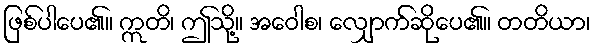
ဖြစ်ပါပေ၏။ ဣတိ၊ ဤသို့။ အဝေါစ၊ လျှောက်ဆိုပေ၏။ တတိယာ၊